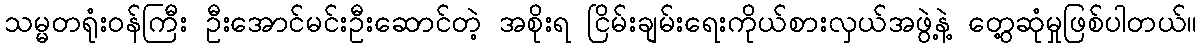
သမ္မတရုံးဝန်ကြီး ဦးအောင်မင်းဦးဆောင်တဲ့ အစိုးရ ငြိမ်းချမ်းရေးကိုယ်စားလှယ်အဖွဲ့နဲ့ တွေ့ဆုံမှုဖြစ်ပါတယ်။